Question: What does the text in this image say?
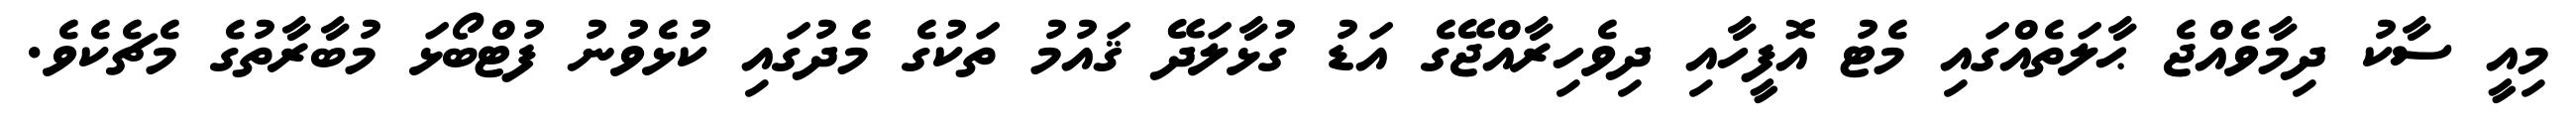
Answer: މިއީ ސާކު ދިމާވެއްޖެ ޙާލަތެއްގައި މެޓު އޮފީހާއި ދިވެހިރާއްޖޭގެ އަޑު ގުޅާލަދޭ ޤައުމު ތަކުގެ މެދުގައި ކުޅެވުނު ފުޓްބޯޅަ މުބާރާތުގެ މެޗެކެވެ.